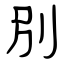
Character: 別